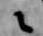
々